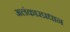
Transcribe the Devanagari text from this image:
अलंकारप्रधान